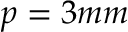
p = 3 m m